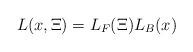
LaTeX: \begin{align*}L(x,\Xi )=L_{F}(\Xi )L_{B}(x)\end{align*}